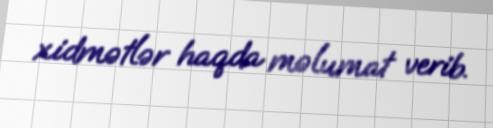
xidmətlər haqda məlumat verib.